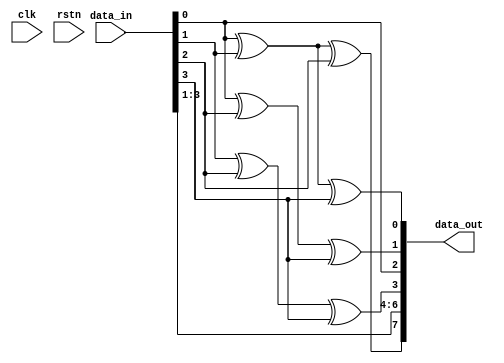

module Hamming_Encoder(
    output [7:0] data_out,
    input [3:0] data_in,
    input clk, rstn
    );

// **** TODO **** //

		wire [3:0] parity;

		assign parity[3] = data_in[0] ^ data_in[1] ^ data_in[2];
		assign parity[2] = data_in[1] ^ data_in[2] ^ data_in[3];
		assign parity[1] = data_in[0] ^ data_in[2] ^ data_in[3];
		assign parity[0] = data_in[0] ^ data_in[1] ^ data_in[3];

		assign data_out = {parity[3], data_in[3:1], parity[2], data_in[0], parity[1:0]};	

// ************** //

endmodule